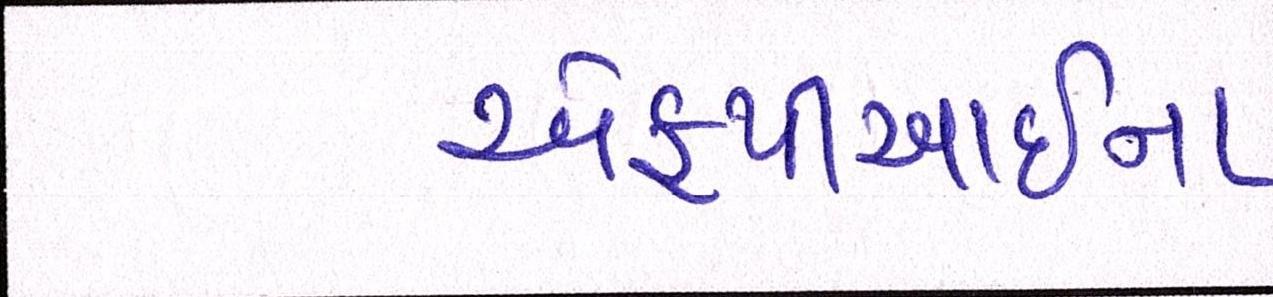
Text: એફપીઆઇના